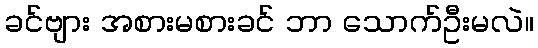
ခင်ဗျား အစားမစားခင် ဘာ သောက်ဦးမလဲ။